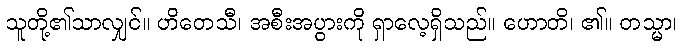
သူတို့၏သာလျှင်။ ဟိတေသီ၊ အစီးအပွားကို ရှာလေ့ရှိသည်။ ဟောတိ၊ ၏။ တသ္မာ၊